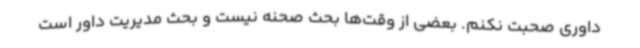
داوری صحبت نکنم. بعضی از وقت‌ها بحث صحنه نیست و بحث مدیریت داور است